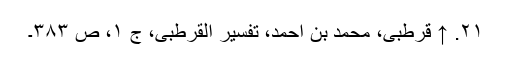
۲۱. ↑ قرطبی، محمد بن احمد، تفسیر القرطبی، ج ۱، ص ۳۸۳۔